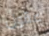
عقول